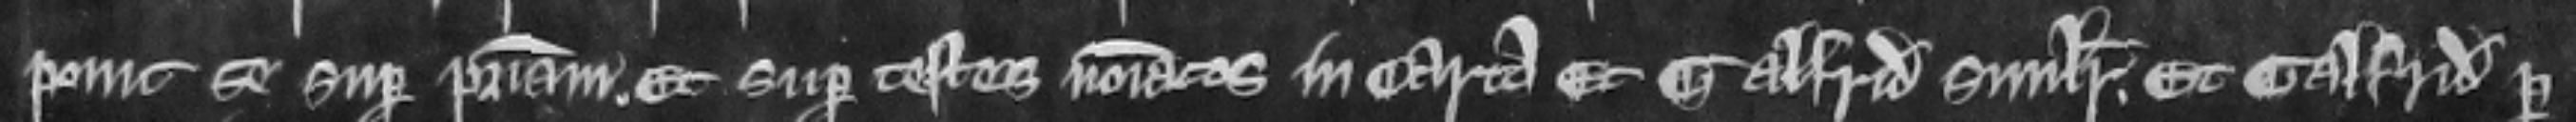
ponit se super patriam et super testes nominatos in carta et Galfridus similiter. Et Galfridus per